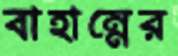
বাহান্নের